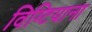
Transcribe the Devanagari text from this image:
विग्टियाना